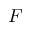
\boldsymbol { F }